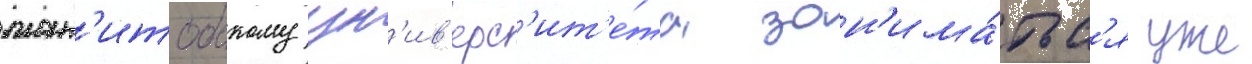
ман'итобскому ун'ив'ерс'ит'е́та зан'има́тьс'я уже